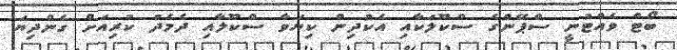
ބޯޓް ވެއްޓުނީ ސްޕޭންގެ ސްކޫލަކާއި އެކުދިން ކިޔަވާ ސްކޫލާއި ދެމެދު ކުރިއަށް ގެންދިޔަ